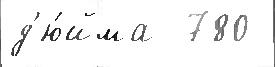
д'ю́йма  780